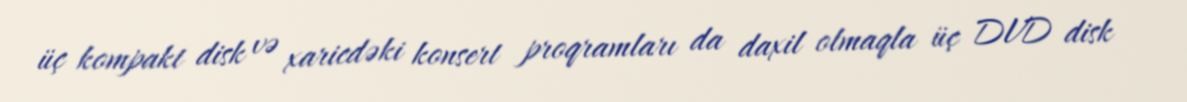
üç kompakt disk və xaricdəki konsert proqramları da daxil olmaqla üç DVD disk